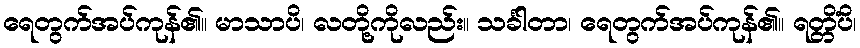
ရေတွက်အပ်ကုန်၏။ မာသာပိ၊ လတို့ကိုလည်း။ သင်္ခါတာ၊ ရေတွက်အပ်ကုန်၏။ ရတ္တိံပိ၊